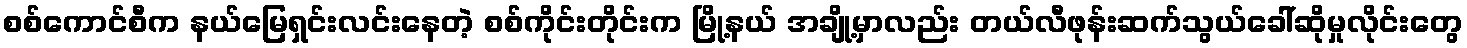
စစ်ကောင်စီက နယ်မြေရှင်းလင်းနေတဲ့ စစ်ကိုင်းတိုင်းက မြို့နယ် အချို့မှာလည်း တယ်လီဖုန်းဆက်သွယ်ခေါ်ဆိုမှုလိုင်းတွေ